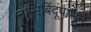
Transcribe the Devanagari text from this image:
नाभिबिंदूंपासून